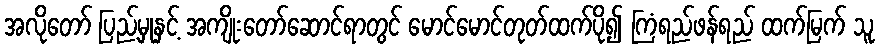
အလိုတော် ပြည့်မှုနှင့် အကျိုးတော်ဆောင်ရာတွင် မောင်မောင်တုတ်ထက်ပို၍ ကြံရည်ဖန်ရည် ထက်မြက် သူ